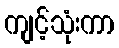
ကျင့်သုံးကာ